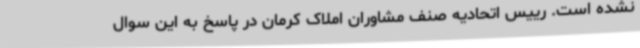
نشده است. رییس اتحادیه صنف مشاوران املاک کرمان در پاسخ به این سوال